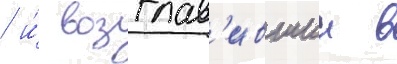
/ и́ возглав'ившии в